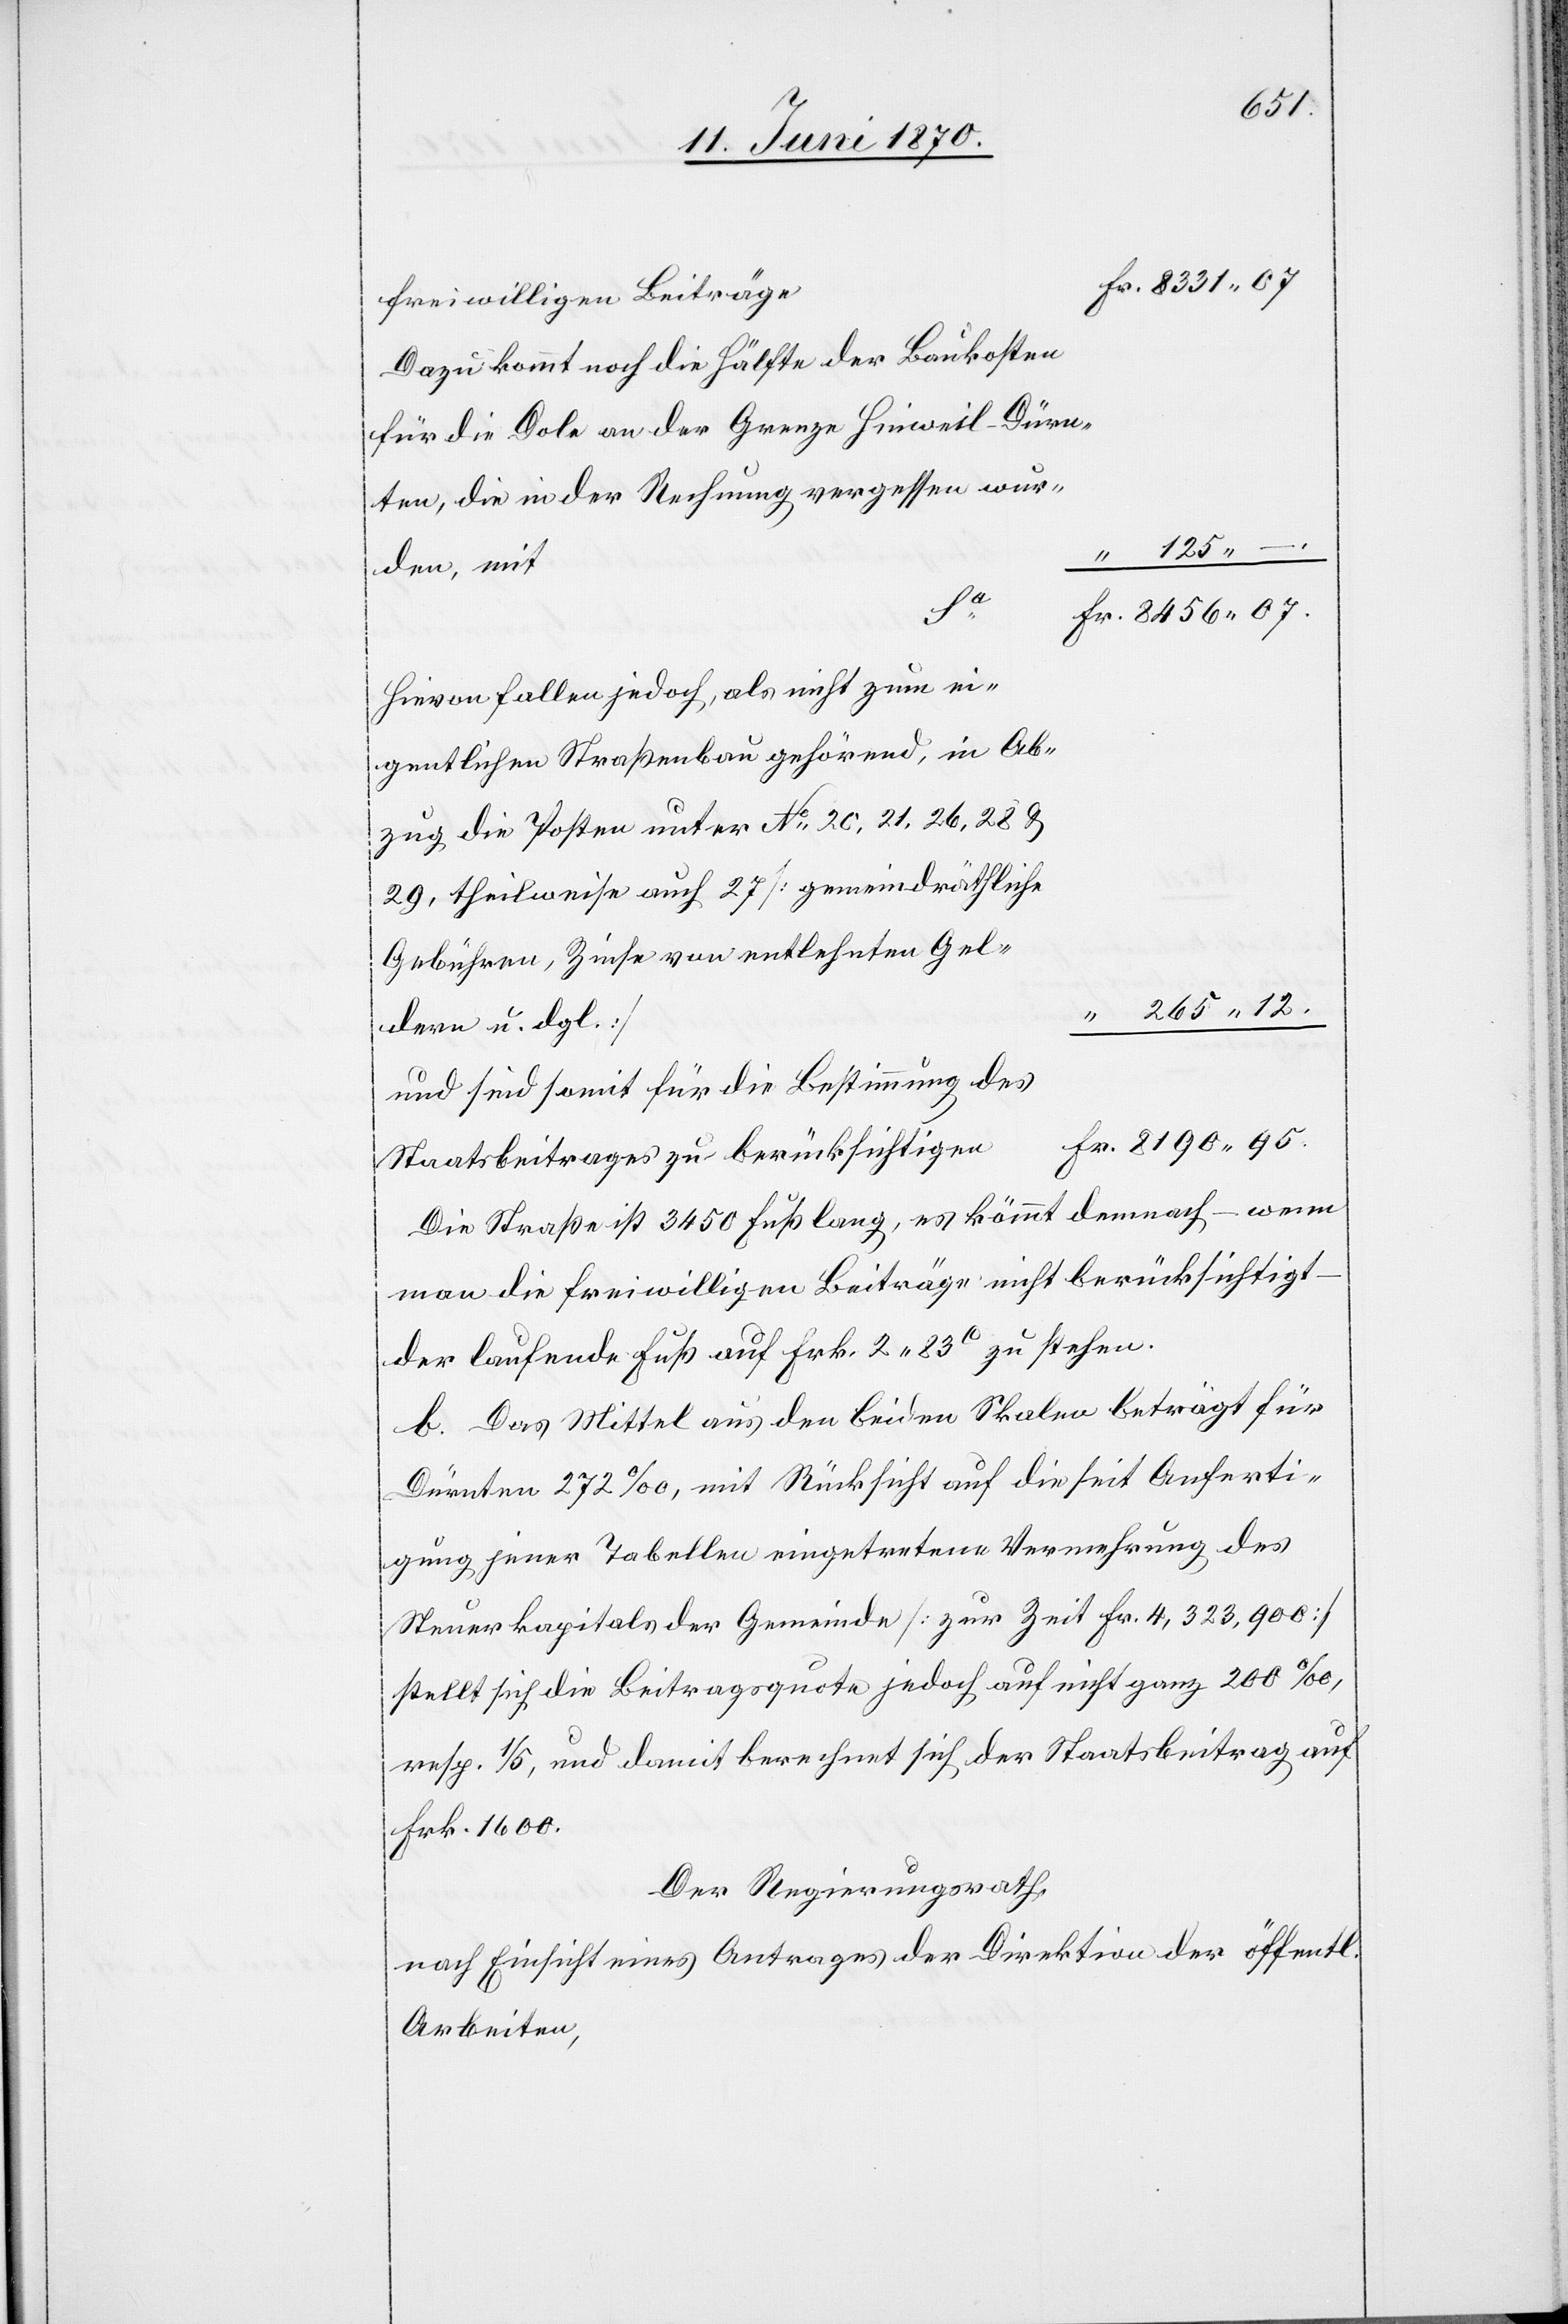
265.12.
freiwilligen Beiträge
Dazu kommt noch die Hälfte der Baukosten
für die Dole an der Grenze Hinweil-Dürn¬
ten, die in der Rechnung vergessen wur¬
den, mit
Fr.
Hievon fallen jedoch, als nicht zum ei¬
gentlichen Straßenbau gehörend, in Ab¬
zug die Posten unter No 20, 21, 26, 28 &
29, theilweise auch 27 [gemeindräthliche
Gebühren, Zinse von entlehnten Gel¬
dern u. dgl.]
und sind somit für die Bestimmung des
Staatsbeitrages zu berücksichtigen
Die Straße ist 3450 Fuß lang, es kömmt [sic!] demnach – wenn
man die freiwilligen Beiträge nicht berücksichtigt
der laufende Fuß auf Frk. 2. 83C zu stehen.
b. Das Mittel aus den beiden Skalen beträgt für
Dürnten 272‰, mit Rücksicht auf die seit Anferti¬
gung jener Tabellen eingetretene Vermehrung des
Steuerkapitals der Gemeinde [zur Zeit Fr. 4,323,900]
stellt sich die Beitragsquote jedoch auf nicht ganz 200‰,
resp. 1/5, und damit berechnet sich der Staatsbeitrag auf
Frk. 1600.
Der Regierungsrath,
nach Einsicht eines Antrages der Direktion der öff.
Arbeiten,